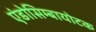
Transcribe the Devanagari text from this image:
एंडोसिम्बायोटक